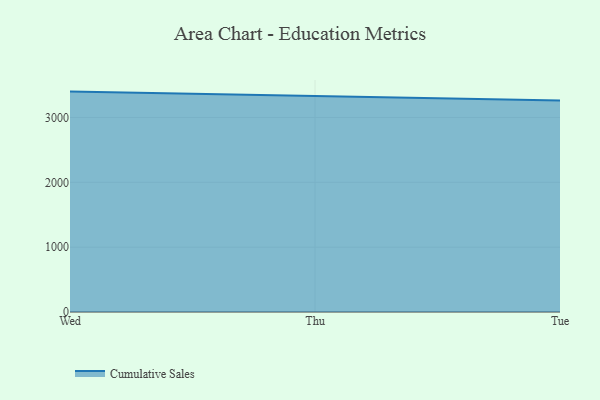
{"axis": {"x": "Day", "y": "Satisfaction Score"}, "legend": ["Cumulative Sales"], "data": [{"x": "Wed", "y": 3399.0, "type": "Cumulative Sales"}, {"x": "Thu", "y": 3325.3, "type": "Cumulative Sales"}, {"x": "Tue", "y": 3262.5, "type": "Cumulative Sales"}]}